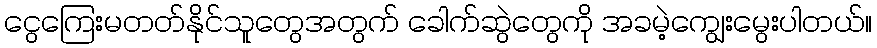
ငွေကြေးမတတ်နိုင်သူတွေအတွက် ခေါက်ဆွဲတွေကို အခမဲ့ကျွေးမွေးပါတယ်။